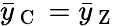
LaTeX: \bar{y}_{\mathrm{~C~}}=\bar{y}_{\mathrm{~Z~}}